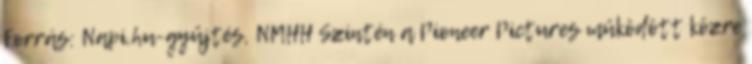
Forrás: Napi.hu-gyűjtés, NMHH Szintén a Pioneer Pictures működött közre